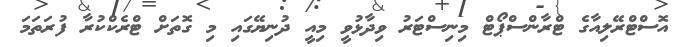
އޮސްޓްރޭލިއާގެ ޓްރާންސްޕޯޓް މިނިސްޓަރު ވިދާޅުވީ މިއީ ދުނިޔޭގައި މި ގޮތަށް ޓްރެކްކުރާ ފުރަތަަމަ